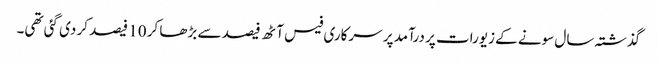
گذشتہ سال سونے کے زیورات پر درآمد پر سرکاری فیس آٹھ فیصد سے بڑھا کر 10 فیصد کر دی گئی تھی۔